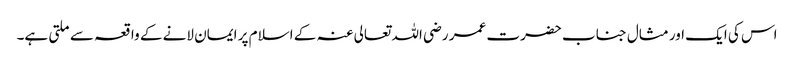
اس کی ایک اور مثال جناب حضرت عمر رضی اللہ تعالی عنہ کے اسلام پر ایمان لانے کے واقعہ سے ملتی ہے۔